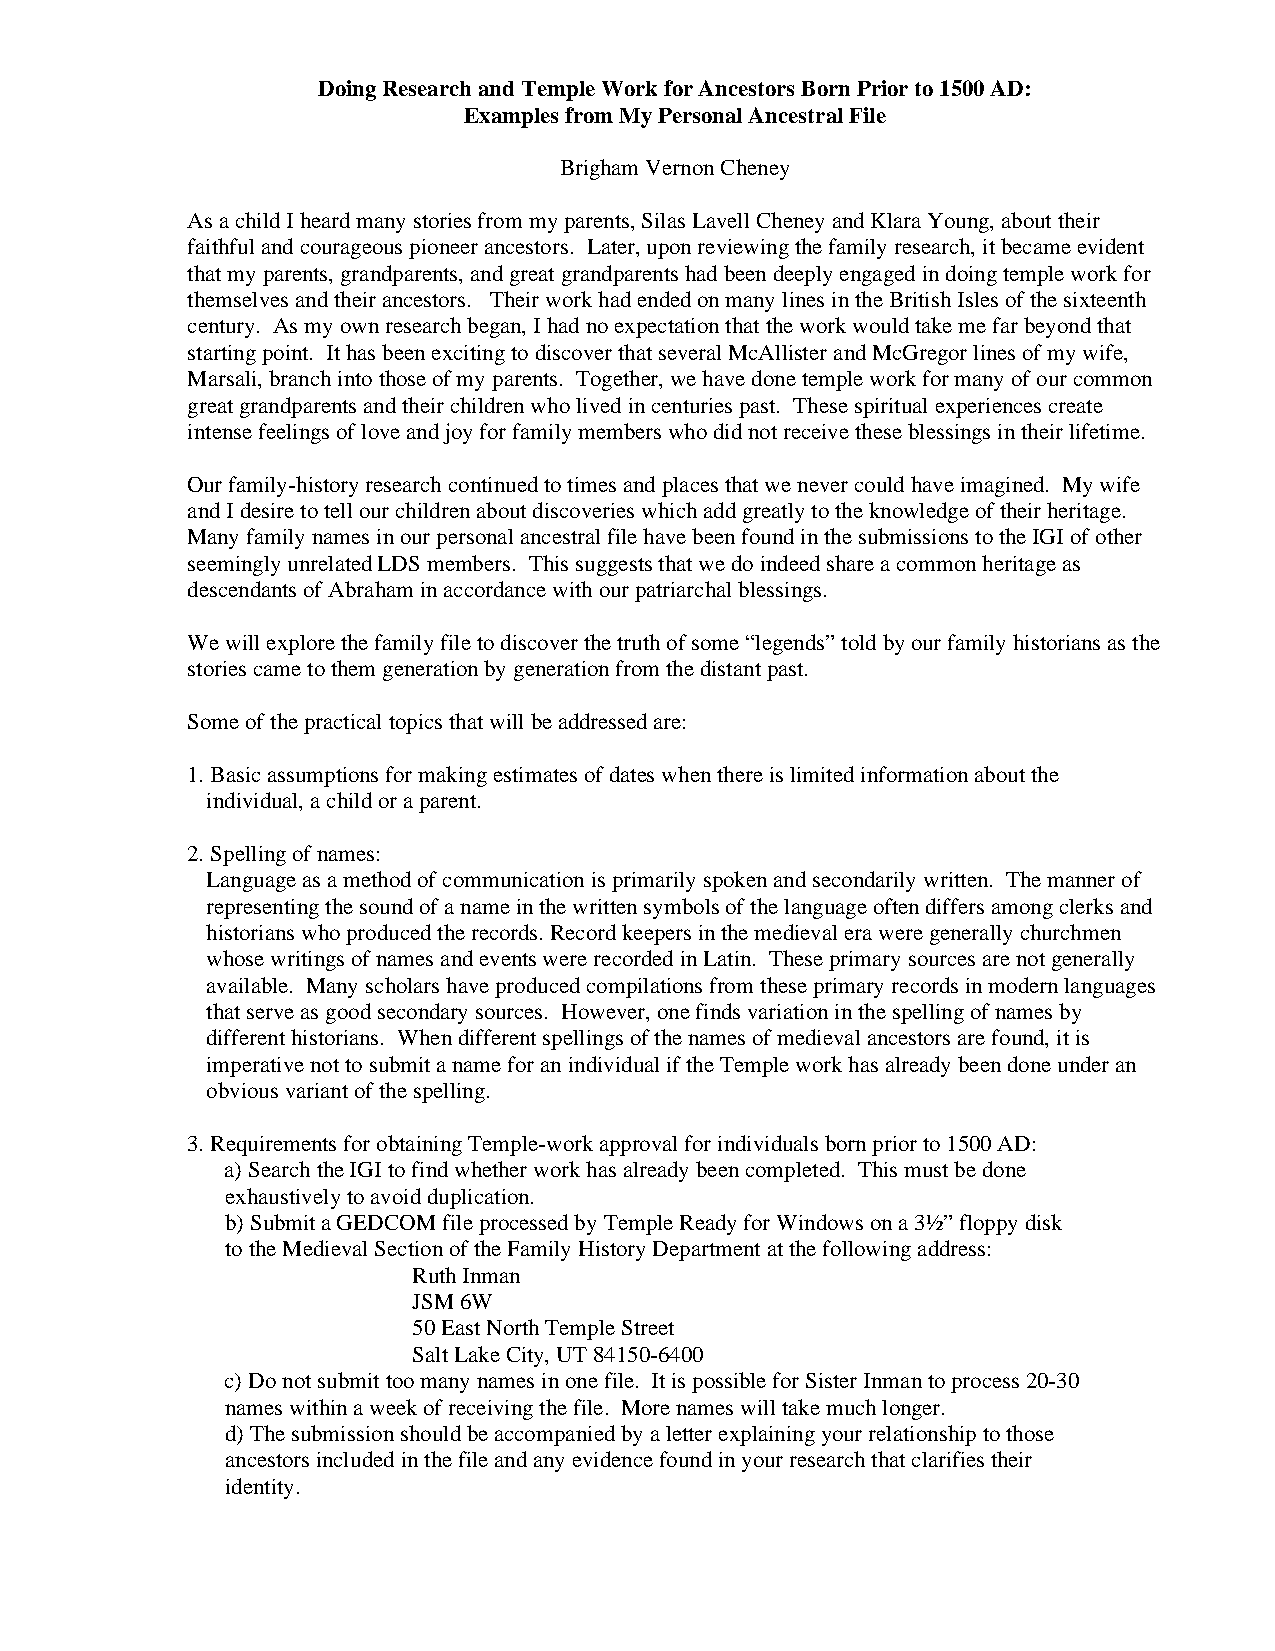
Doing Research and Temple Work for Ancestors Born Prior to 1500 AD:
 Examples from My Personal Ancestral File
 Brigham Vernon Cheney
 As a child I heard many stories from my parents, Silas Lavell Cheney and Klara Young, about their
 faithful and courageous pioneer ancestors. Later, upon reviewing the family research, it became evident
 that my parents, grandparents, and great grandparents had been deeply engaged in doing temple work for
 themselves and their ancestors. Their work had ended on many lines in the British Isles of the sixteenth
 century. As my own research began, I had no expectation that the work would take me far beyond that
 starting point. It has been exciting to discover that several McAllister and McGregor lines of my wife,
 Marsali, branch into those of my parents. Together, we have done temple work for many of our common
 great grandparents and their children who lived in centuries past. These spiritual experiences create
 intense feelings of love and joy for family members who did not receive these blessings in their lifetime.
 Our family-history research continued to times and places that we never could have imagined. My wife
 and I desire to tell our children about discoveries which add greatly to the knowledge of their heritage.
 Many family names in our personal ancestral file have been found in the submissions to the IGI of other
 seemingly unrelated LDS members. This suggests that we do indeed share a common heritage as
 descendants of Abraham in accordance with our patriarchal blessings.
 We will explore the family file to discover the truth of some “legends” told by our family historians as the
 stories came to them generation by generation from the distant past.
 Some of the practical topics that will be addressed are:
 1. Basic assumptions for making estimates of dates when there is limited information about the
 individual, a child or a parent.
 2. Spelling of names:
 Language as a method of communication is primarily spoken and secondarily written. The manner of
 representing the sound of a name in the written symbols of the language often differs among clerks and
 historians who produced the records. Record keepers in the medieval era were generally churchmen
 whose writings of names and events were recorded in Latin. These primary sources are not generally
 available. Many scholars have produced compilations from these primary records in modern languages
 that serve as good secondary sources. However, one finds variation in the spelling of names by
 different historians. When different spellings of the names of medieval ancestors are found, it is
 imperative not to submit a name for an individual if the Temple work has already been done under an
 obvious variant of the spelling.
 3. Requirements for obtaining Temple-work approval for individuals born prior to 1500 AD:
 a) Search the IGI to find whether work has already been completed. This must be done
 exhaustively to avoid duplication.
 b) Submit a GEDCOM file processed by Temple Ready for Windows on a 3½” floppy disk
 to the Medieval Section of the Family History Department at the following address:
 Ruth Inman
 JSM 6W
 50 East North Temple Street
 Salt Lake City, UT 84150-6400
 c) Do not submit too many names in one file. It is possible for Sister Inman to process 20-30
 names within a week of receiving the file. More names will take much longer.
 d) The submission should be accompanied by a letter explaining your relationship to those
 ancestors included in the file and any evidence found in your research that clarifies their
 identity.